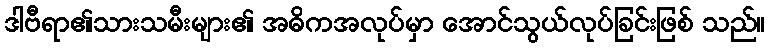
ဒါဗီရာ၏သားသမီးများ၏ အဓိကအလုပ်မှာ အောင်သွယ်လုပ်ခြင်းဖြစ် သည်။